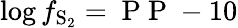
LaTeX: \log f_{\mathrm{S_{2}}}=\mathrm{~P~P~}-10